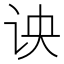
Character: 𰵗